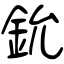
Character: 鈗